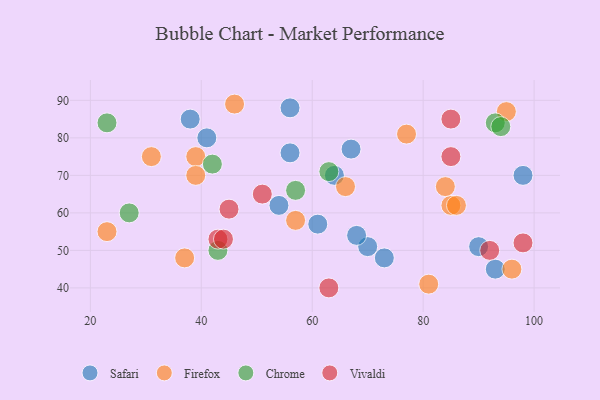
{"axis": {"x": "GDP", "y": "Life Expectancy"}, "legend": ["Chrome", "Firefox", "Safari", "Vivaldi"], "data": [{"x": "38", "y": 85, "type": "Safari"}, {"x": "56", "y": 88, "type": "Safari"}, {"x": "54", "y": 62, "type": "Safari"}, {"x": "98", "y": 70, "type": "Safari"}, {"x": "67", "y": 77, "type": "Safari"}, {"x": "61", "y": 57, "type": "Safari"}, {"x": "64", "y": 70, "type": "Safari"}, {"x": "70", "y": 51, "type": "Safari"}, {"x": "68", "y": 54, "type": "Safari"}, {"x": "90", "y": 51, "type": "Safari"}, {"x": "73", "y": 48, "type": "Safari"}, {"x": "56", "y": 76, "type": "Safari"}, {"x": "41", "y": 80, "type": "Safari"}, {"x": "93", "y": 45, "type": "Safari"}, {"x": "95", "y": 87, "type": "Firefox"}, {"x": "96", "y": 45, "type": "Firefox"}, {"x": "85", "y": 62, "type": "Firefox"}, {"x": "86", "y": 62, "type": "Firefox"}, {"x": "39", "y": 75, "type": "Firefox"}, {"x": "37", "y": 48, "type": "Firefox"}, {"x": "31", "y": 75, "type": "Firefox"}, {"x": "81", "y": 41, "type": "Firefox"}, {"x": "77", "y": 81, "type": "Firefox"}, {"x": "57", "y": 58, "type": "Firefox"}, {"x": "46", "y": 89, "type": "Firefox"}, {"x": "39", "y": 70, "type": "Firefox"}, {"x": "23", "y": 55, "type": "Firefox"}, {"x": "84", "y": 67, "type": "Firefox"}, {"x": "66", "y": 67, "type": "Firefox"}, {"x": "93", "y": 84, "type": "Chrome"}, {"x": "63", "y": 71, "type": "Chrome"}, {"x": "57", "y": 66, "type": "Chrome"}, {"x": "94", "y": 83, "type": "Chrome"}, {"x": "43", "y": 50, "type": "Chrome"}, {"x": "27", "y": 60, "type": "Chrome"}, {"x": "23", "y": 84, "type": "Chrome"}, {"x": "42", "y": 73, "type": "Chrome"}, {"x": "51", "y": 65, "type": "Vivaldi"}, {"x": "85", "y": 75, "type": "Vivaldi"}, {"x": "43", "y": 53, "type": "Vivaldi"}, {"x": "92", "y": 50, "type": "Vivaldi"}, {"x": "45", "y": 61, "type": "Vivaldi"}, {"x": "98", "y": 52, "type": "Vivaldi"}, {"x": "44", "y": 53, "type": "Vivaldi"}, {"x": "63", "y": 40, "type": "Vivaldi"}, {"x": "85", "y": 85, "type": "Vivaldi"}]}